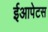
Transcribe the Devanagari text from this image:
ईआपेटस